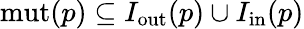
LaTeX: \mathrm{mut}(p)\subseteq I_{\mathrm{out}}(p)\cup I_{\mathrm{in}}(p)